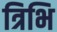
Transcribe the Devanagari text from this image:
त्रिभि